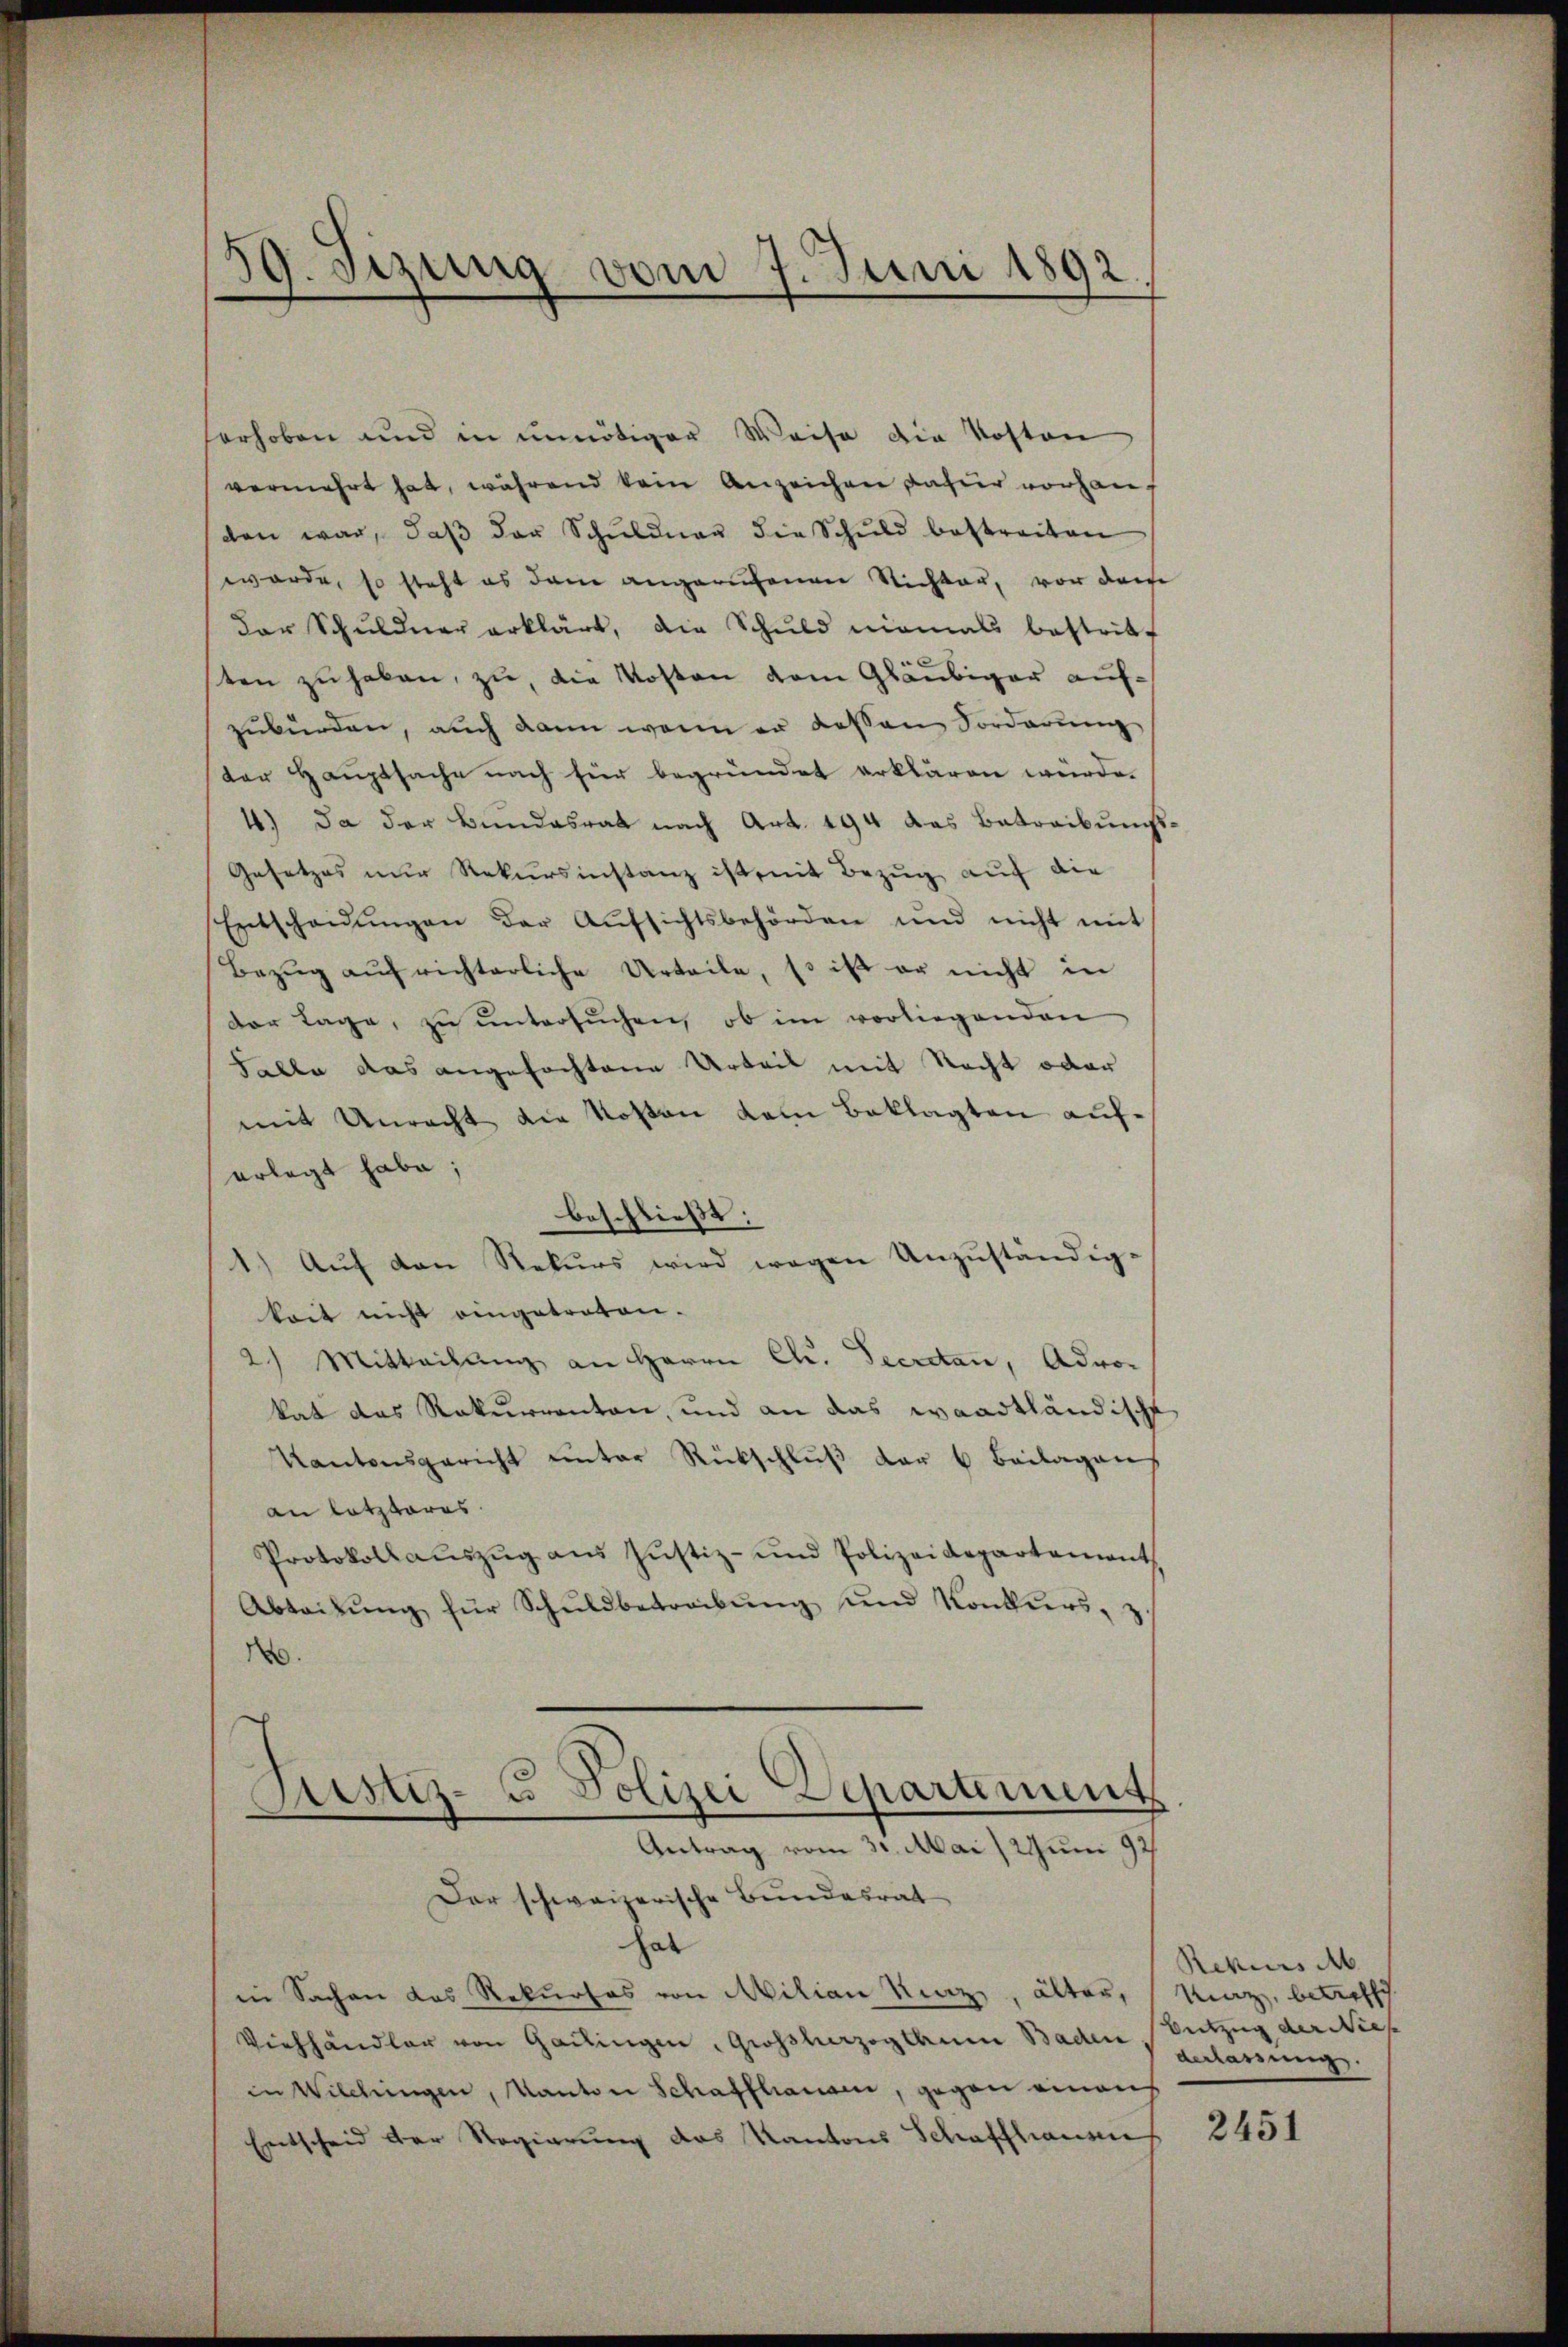
59. Sizung vom 7. Juni 1892.

erhoben und in unnötiger Weise die Kosten
vermehrt hat, während kein Anzeichen dafür vorhanden war, daβ der Schŭldner die Schŭld bestreiten
werde, so steht es dem angerufenen Nichter, von der
der Schuldner erklärt, die Schuld niemals bestritt
ten zu haben, zu, die Kosten dem Gläubiger aufzubürden, auch dann wenn er dessen Vorderung
der Hauptsache nach für begründet erklären würde.
4.) Da der Bŭndesrat nach Art. 194 das Betraibŭngs-
Gesetzes nur Rekursinstanz ist mit Bezug auf die
Entscheidŭngen der Aŭfsichtsbehörden und nicht mit
Bezŭg aŭf richterliche Urteile, so ist er nicht in
der Lage, zu untersuchen, ob im vorliegenden
Salle das angefochtene Urteil mit Recht oder
mit Unrecht die Kosten dem Beklagten auferlegt habe;
beschließt:
1.) Auf den Rekurs wird wegen Unzuständig-
keit nicht eingetreten.
2) Mitteilung an Herrn Ch. Secretan, Advokat das Rekurrenten, und an das waadtländische
Kantonsgericht unter Rückschluß der 6 Beilagen
an letzteres.
Protokollaŭszŭg aŭs Jŭstiz- und Polizeidepartement
Abteilŭng für Schŭldbetreibŭng und Konkurs, z.
0
Antrag vom 31. Mai 2Jum 97
Der schweizerische Bundesrat
hat
in Sachen das Rekurses von Milian Kraz, älter, Kunz, betreffe
Viehhändler von Gattingen, Großherzogthum Baden, Entzug der Nies
in Wilchingen, Kanton Schaffhausen, gegen einaus
Entscheid der Regierung des Kantons Schaffhausen

Justiz- u Polizei Departement

Rekurs M
derlassung.

2451